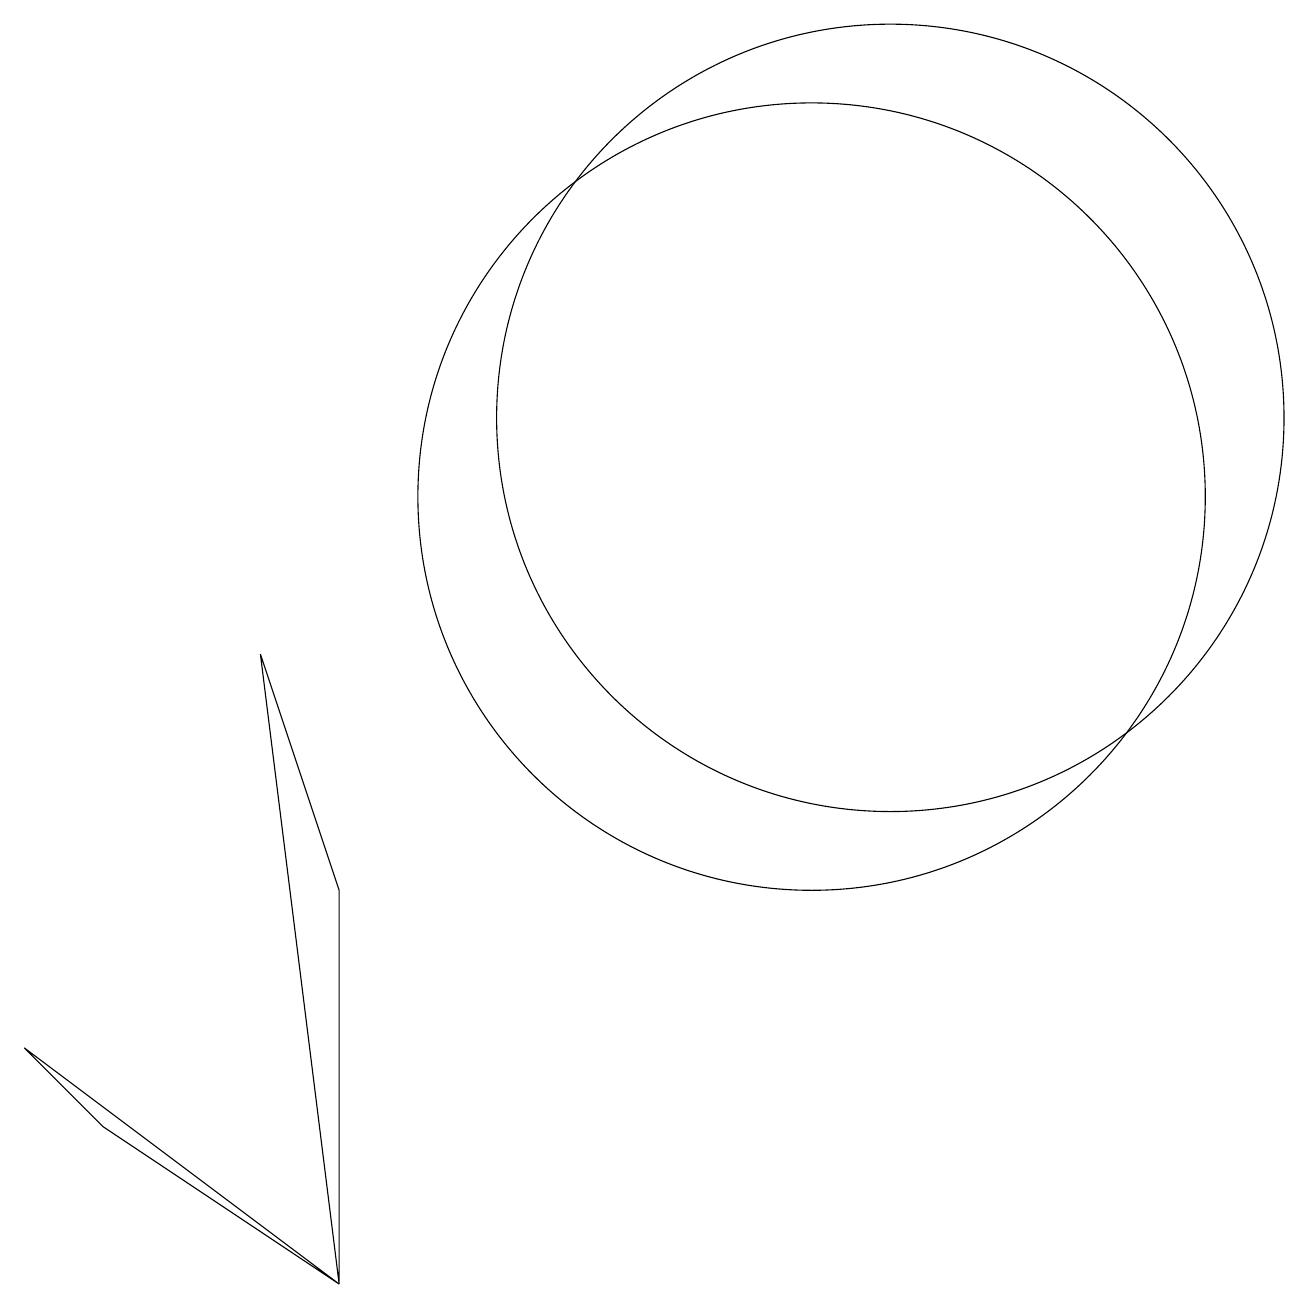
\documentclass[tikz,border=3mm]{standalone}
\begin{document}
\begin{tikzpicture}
\draw (11,12) circle (5);
\draw (4,1) -- (4,6) -- (3,9) -- cycle;
\draw (10,11) circle (5);
\draw (0,4) -- (4,1) -- (1,3) -- cycle;
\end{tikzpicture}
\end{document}